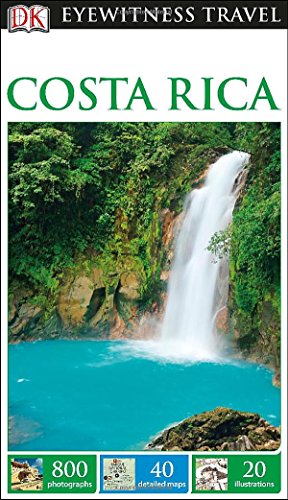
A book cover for DK Eyewitness Travel Guide: Costa Rica; DK Publishing; Travel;